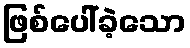
ဖြစ်ပေါ်ခဲ့သော